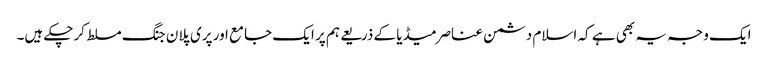
ایک وجہ یہ بھی ہے کہ اسلام دشمن عناصرمیڈیا کے ذریعے ہم پر ایک جامع اور پری پلان جنگ مسلط کرچکے ہیں۔